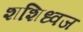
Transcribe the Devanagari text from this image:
शशिध्वज